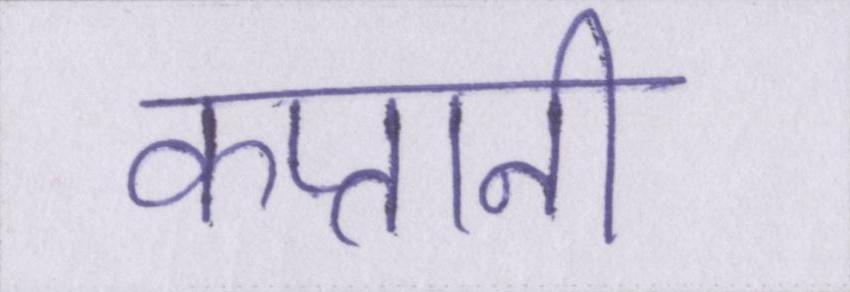
कप्तानी